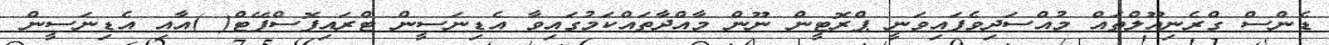
ޑެންސް ގްރެނިއޫލްތައް މުއްސަދިވެފައިވަނީ ޕްރޮޓީން ނޫން މާއްދާތައްކަމުގައިވާ އެޑިނަސީން ޓްރައިފޮސްފޭޓް( )އާއި އެޑިނަސީން